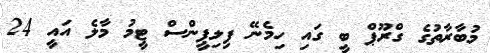
މުބާރާތުގެ ގްރޫޕް ބީ ގައި ހިމެނޭ ފިލިޕީންސް ޓީމު މާލެ އައީ 24